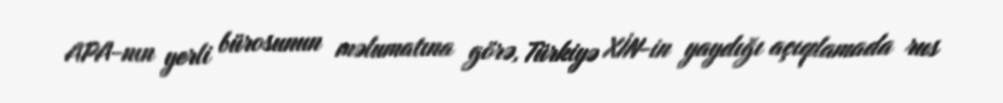
APA-nın yerli bürosunun məlumatına görə, Türkiyə XİN-in yaydığı açıqlamada rus